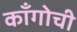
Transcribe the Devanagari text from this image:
काँगोची